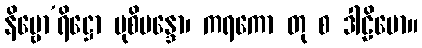
နိမ္ဗော’ရိဋ္ဌော ပုစိမန္ဒော၊ ကရကော တု စ ဒါဠိမော။